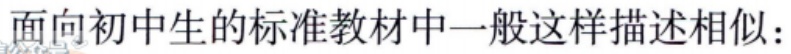
面向初中生的标准教材中一般这样描述相似：